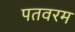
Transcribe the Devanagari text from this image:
पतवरम